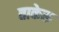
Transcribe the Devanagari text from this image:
ताकेरू